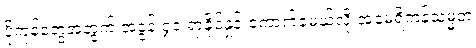
ပို့ကုန်တွေအတွက် အခွန် ၄၀ ရာခိုင်နှုန်းကောက်ခံမယ်လို့ အမေရိကန်သမ္မတ